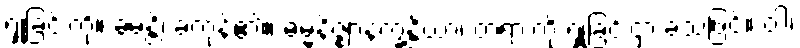
ရှုခြင်းကို။ ခမန္တိ၊ ခံကုန်၏။ ဓမ္မနိဇ္ဈာနက္ခန္တိယာ၊ တရားကို ရှုခြင်းငှာ ခံ့သဖြင့်။ ဝါ၊